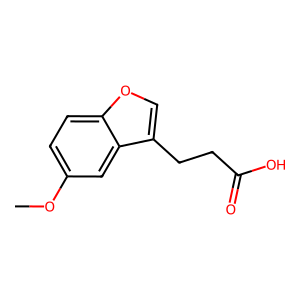
SMILES: COc1ccc2occ(CCC(=O)O)c2c1
Inhibits HIV replication: No